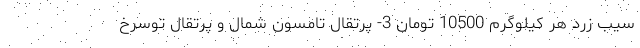
سیب زرد هر کیلوگرم 10500 تومان 3- پرتقال تامسون شمال و پرتقال توسُرخ